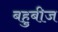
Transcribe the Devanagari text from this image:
बहुबीज